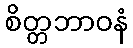
စိတ္တဘာဝနံ